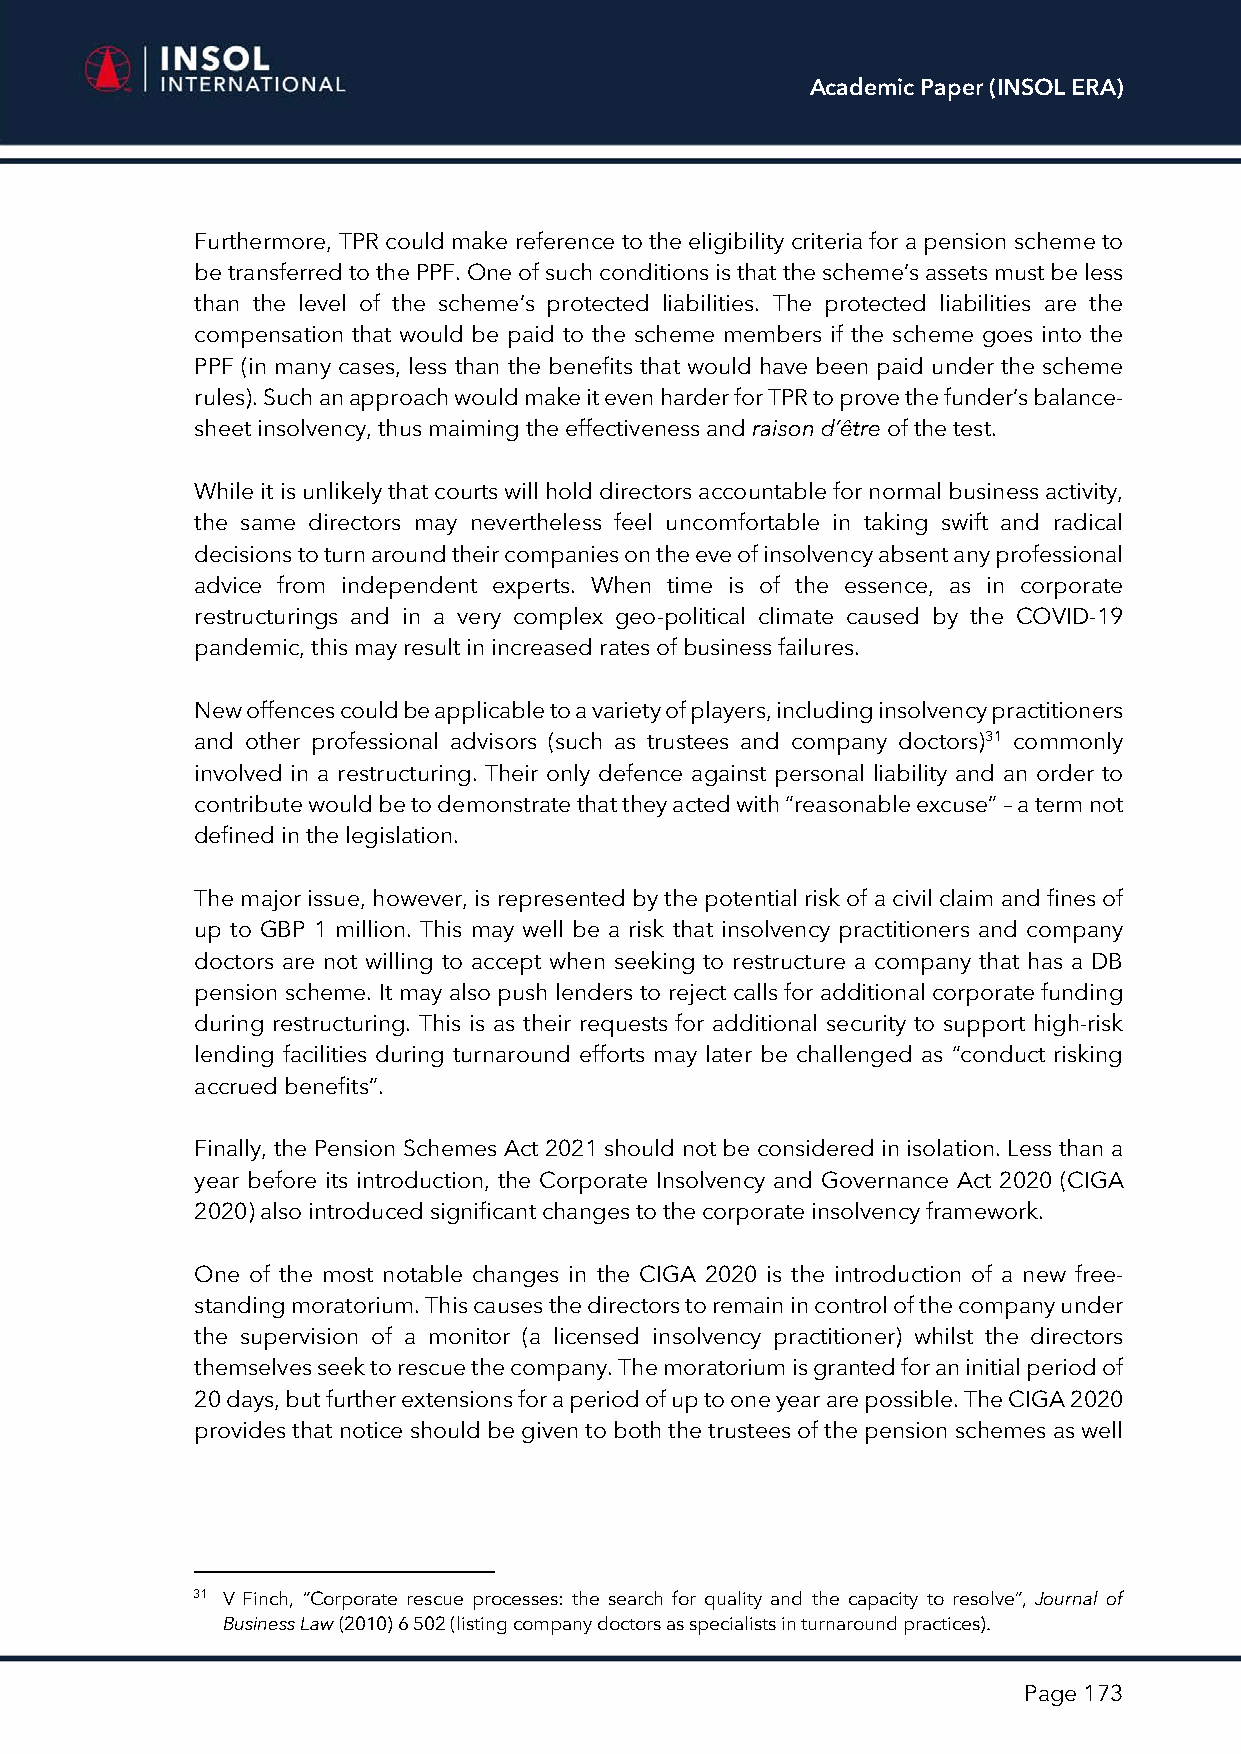
Academic Paper (INSOL ERA)
 Furthermore, TPR could make reference to the eligibility criteria for a pension scheme to
 be transferred to the PPF. One of such conditions is that the scheme’s assets must be less
 than the level of the scheme’s protected liabilities. The protected liabilities are the
 compensation that would be paid to the scheme members if the scheme goes into the
 PPF (in many cases, less than the benefits that would have been paid under the scheme
 rules). Such an approach would make it even harder for TPR to prove the funder’s balance-
 sheet insolvency, thus maiming the effectiveness and raison d’être of the test.
 While it is unlikely that courts will hold directors accountable for normal business activity,
 the same directors may nevertheless feel uncomfortable in taking swift and radical
 decisions to turn around their companies on the eve of insolvency absent any professional
 advice from independent experts. When time is of the essence, as in corporate
 restructurings and in a very complex geo-political climate caused by the COVID-19
 pandemic, this may result in increased rates of business failures.
 New offences could be applicable to a variety of players, including insolvency practitioners
 and other professional advisors (such as trustees and company doctors)31 commonly
 involved in a restructuring. Their only defence against personal liability and an order to
 contribute would be to demonstrate that they acted with “reasonable excuse” – a term not
 defined in the legislation.
 The major issue, however, is represented by the potential risk of a civil claim and fines of
 up to GBP 1 million. This may well be a risk that insolvency practitioners and company
 doctors are not willing to accept when seeking to restructure a company that has a DB
 pension scheme. It may also push lenders to reject calls for additional corporate funding
 during restructuring. This is as their requests for additional security to support high-risk
 lending facilities during turnaround efforts may later be challenged as “conduct risking
 accrued benefits”.
 Finally, the Pension Schemes Act 2021 should not be considered in isolation. Less than a
 year before its introduction, the Corporate Insolvency and Governance Act 2020 (CIGA
 2020) also introduced significant changes to the corporate insolvency framework.
 One of the most notable changes in the CIGA 2020 is the introduction of a new free-
 standing moratorium. This causes the directors to remain in control of the company under
 the supervision of a monitor (a licensed insolvency practitioner) whilst the directors
 themselves seek to rescue the company. The moratorium is granted for an initial period of
 20 days, but further extensions for a period of up to one year are possible. The CIGA 2020
 provides that notice should be given to both the trustees of the pension schemes as well
 31 V Finch, “Corporate rescue processes: the search for quality and the capacity to resolve”, Journal of
 Business Law (2010) 6 502 (listing company doctors as specialists in turnaround practices).
 Page 173